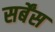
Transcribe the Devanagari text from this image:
सर्बेंस